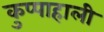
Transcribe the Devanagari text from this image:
कुप्पाहाली